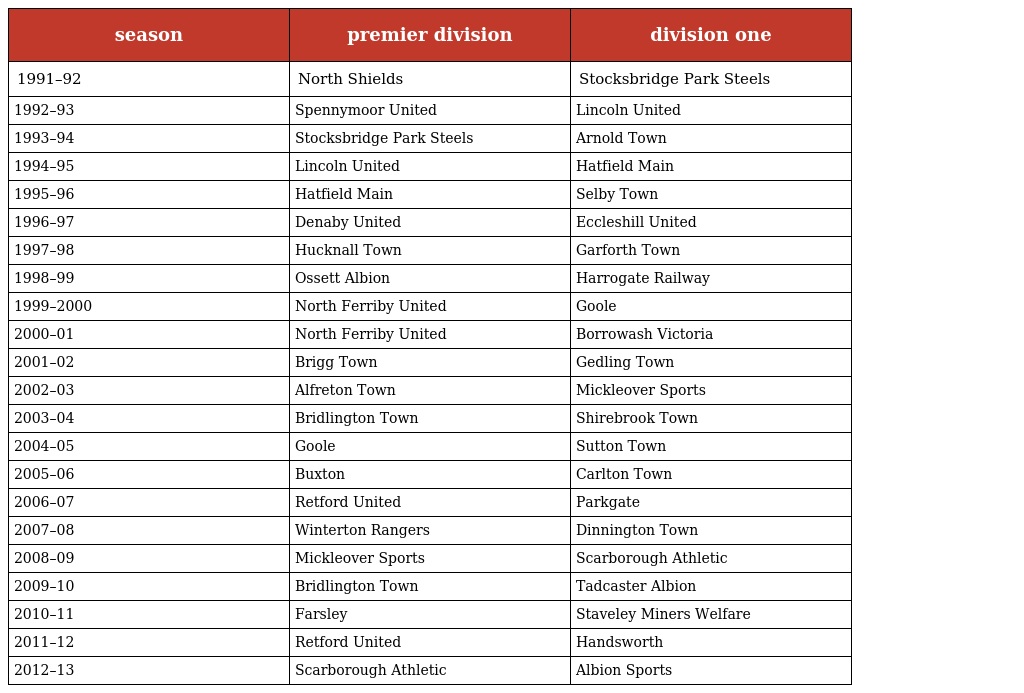
| season | premier division | division one |
 | --- | --- | --- |
 | 1991–92 | North Shields | Stocksbridge Park Steels |
 | 1992–93 | Spennymoor United | Lincoln United |
 | 1993–94 | Stocksbridge Park Steels | Arnold Town |
 | 1994–95 | Lincoln United | Hatfield Main |
 | 1995–96 | Hatfield Main | Selby Town |
 | 1996–97 | Denaby United | Eccleshill United |
 | 1997–98 | Hucknall Town | Garforth Town |
 | 1998–99 | Ossett Albion | Harrogate Railway |
 | 1999–2000 | North Ferriby United | Goole |
 | 2000–01 | North Ferriby United | Borrowash Victoria |
 | 2001–02 | Brigg Town | Gedling Town |
 | 2002–03 | Alfreton Town | Mickleover Sports |
 | 2003–04 | Bridlington Town | Shirebrook Town |
 | 2004–05 | Goole | Sutton Town |
 | 2005–06 | Buxton | Carlton Town |
 | 2006–07 | Retford United | Parkgate |
 | 2007–08 | Winterton Rangers | Dinnington Town |
 | 2008–09 | Mickleover Sports | Scarborough Athletic |
 | 2009–10 | Bridlington Town | Tadcaster Albion |
 | 2010–11 | Farsley | Staveley Miners Welfare |
 | 2011–12 | Retford United | Handsworth |
 | 2012–13 | Scarborough Athletic | Albion Sports |